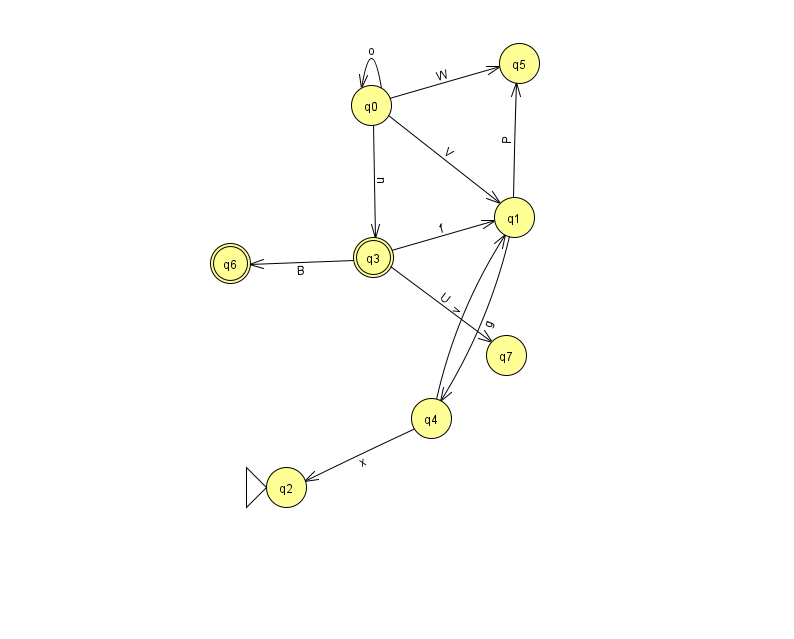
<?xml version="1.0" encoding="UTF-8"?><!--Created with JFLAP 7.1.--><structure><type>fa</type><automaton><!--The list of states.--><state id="0" name="q0"><x>371.0</x><y>92.0</y></state><state id="1" name="q1"><x>514.0</x><y>204.0</y></state><state id="2" name="q2"><x>286.0</x><y>474.0</y><initial/></state><state id="3" name="q3"><x>373.0</x><y>244.0</y><final/></state><state id="4" name="q4"><x>431.0</x><y>405.0</y></state><state id="5" name="q5"><x>519.0</x><y>50.0</y></state><state id="6" name="q6"><x>230.0</x><y>250.0</y><final/></state><state id="7" name="q7"><x>506.0</x><y>342.0</y></state><!--The list of transitions.--><transition><from>4</from><to>2</to><read>x</read></transition><transition><from>3</from><to>7</to><read>U</read></transition><transition><from>0</from><to>5</to><read>W</read></transition><transition><from>0</from><to>3</to><read>n</read></transition><transition><from>0</from><to>1</to><read>V</read></transition><transition><from>1</from><to>5</to><read>P</read></transition><transition><from>3</from><to>1</to><read>f</read></transition><transition><from>3</from><to>6</to><read>B</read></transition><transition><from>4</from><to>1</to><read>v</read></transition><transition><from>0</from><to>0</to><read>o</read></transition><transition><from>1</from><to>4</to><read>g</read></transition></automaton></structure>